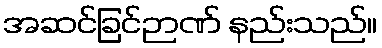
အဆင်ခြင်ဉာဏ် နည်းသည်။